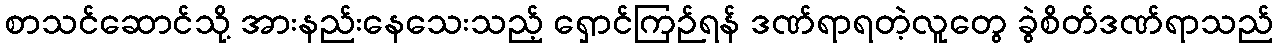
စာသင်ဆောင်သို့ အားနည်းနေသေးသည့် ရှောင်ကြဉ်ရန် ဒဏ်ရာရတဲ့လူတွေ ခွဲစိတ်ဒဏ်ရာသည်